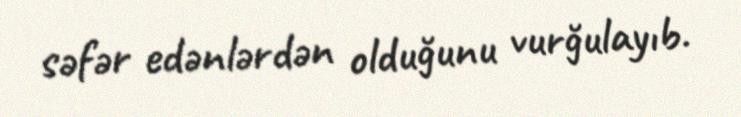
səfər edənlərdən olduğunu vurğulayıb.